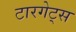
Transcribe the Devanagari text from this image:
टारगेट्स